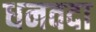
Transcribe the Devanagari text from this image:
धनवदा